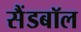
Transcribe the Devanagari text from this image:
सैंडबॉल